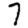
Digit: 7